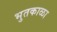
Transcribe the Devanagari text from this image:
भुतकाळा